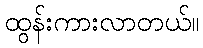
ထွန်းကားလာတယ်။